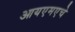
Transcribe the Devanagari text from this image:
आयएमएचे